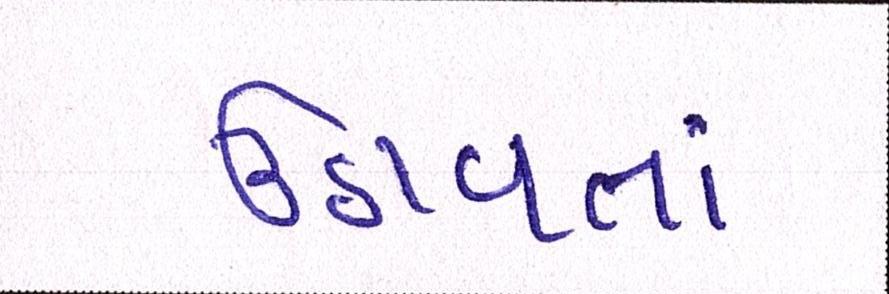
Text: ઉઠાવતાં